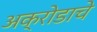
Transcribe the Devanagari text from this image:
अक्रोडाचे